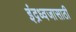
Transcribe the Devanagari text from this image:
इंद्रध्वजासाठी